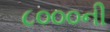
૮૦૦૦ની